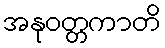
အနုဝတ္တကာတိ